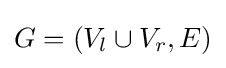
G=(V_{l}\cup V_{r},E)